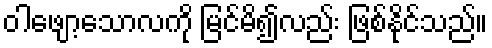
ဝါဖျော့သောလကို မြင်မိ၍လည်း ဖြစ်နိုင်သည်။